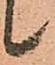
候